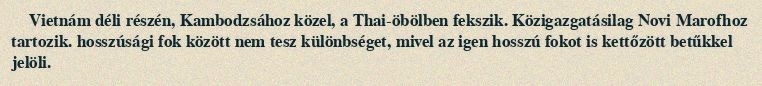
Vietnám déli részén, Kambodzsához közel, a Thai-öbölben fekszik. Közigazgatásilag Novi Marofhoz tartozik. hosszúsági fok között nem tesz különbséget, mivel az igen hosszú fokot is kettőzött betűkkel jelöli.